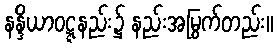
နန္ဒိယာဝဋ္ဋနည်း၌ နည်းအမြွက်တည်း။